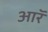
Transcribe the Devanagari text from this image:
आरॅ